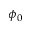
\phi _ { 0 }